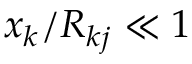
x _ { k } / R _ { k j } \ll 1